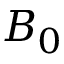
B _ { 0 }